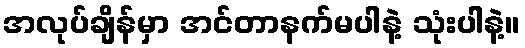
အလုပ်ချိန်မှာ အင်တာနက်မပါနဲ့ သုံးပါနဲ့။